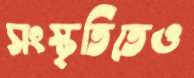
সংস্কৃতিতেও